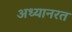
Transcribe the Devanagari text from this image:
अध्यानरत